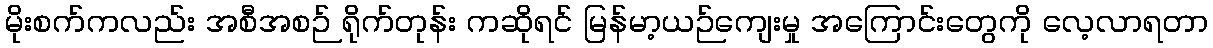
မိုးစက်ကလည်း အစီအစဉ် ရိုက်တုန်း ကဆိုရင် မြန်မာ့ယဉ်ကျေးမှု အကြောင်းတွေကို လေ့လာရတာ